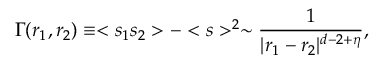
\Gamma ( r _ { 1 } , r _ { 2 } ) \equiv < s _ { 1 } s _ { 2 } > - < s > ^ { 2 } \sim { \frac { 1 } { | r _ { 1 } - r _ { 2 } | ^ { d - 2 + \eta } } } ,